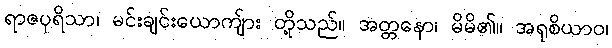
ရာဇပုရိသာ၊ မင်းချင်းယောကျ်ား တို့သည်။ အတ္တနော၊ မိမိ၏။ အရုစိယာဝ၊